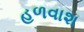
હળવાશ